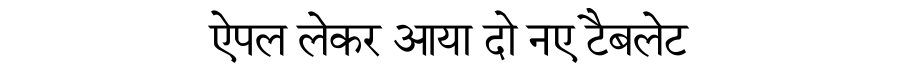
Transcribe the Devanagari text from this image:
ऐपल लेकर आया दो नए टैबलेट